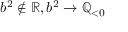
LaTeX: b ^ { 2 } \notin \mathbb { R } , b ^ { 2 } \to \mathbb { Q } _ { < 0 }